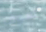
سوف